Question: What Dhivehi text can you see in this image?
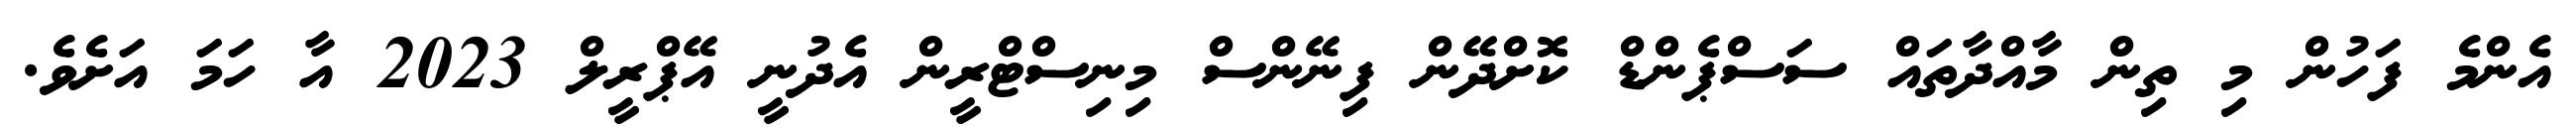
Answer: އެންމެ ފަހުން މި ތިން މާއްދާތައް ސަސްޕެންޑް ކޮށްދޭން ފިނޭންސް މިނިސްޓްރީން އެދުނީ އޭޕްރީލް 2023 އާ ހަމަ އަށެވެ.